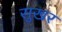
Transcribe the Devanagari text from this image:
सुखर